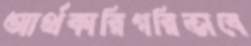
আর্থকারিগরিভাবে